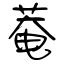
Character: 菴